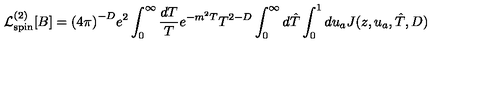
{ \cal L } _ { \mathrm { s p i n } } ^ { ( 2 ) } [ B ] = { ( 4 \pi ) } ^ { - D } e ^ { 2 } \int _ { 0 } ^ { \infty } { \frac { d T } { T } } e ^ { - m ^ { 2 } T } T ^ { 2 - D } \int _ { 0 } ^ { \infty } d \hat { T } \int _ { 0 } ^ { 1 } d u _ { a } J ( z , u _ { a } , \hat { T } , D ) \nonumber \,